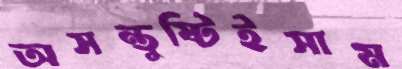
অসন্তুষ্টিইসাম